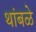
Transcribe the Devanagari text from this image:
थांबळे